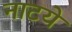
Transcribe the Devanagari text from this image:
नाटये